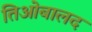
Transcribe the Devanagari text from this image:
तिओबालद